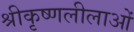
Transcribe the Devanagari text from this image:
श्रीकृष्णलीलाओं